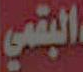
البقمي